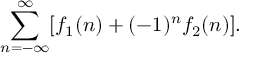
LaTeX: \sum _ { n = - \infty } ^ { \infty } [ f _ { 1 } ( n ) + ( - 1 ) ^ { n } f _ { 2 } ( n ) ] .